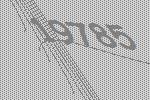
19785